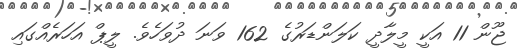
ޖޫން 11 އަކީ މީލާދީ ކަލަންޑަރުގެ 162 ވަނަ ދުވަހެވެ. ލީޕް އަހަރެއްގައި